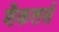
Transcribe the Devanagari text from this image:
शैकलर्स